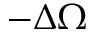
- \Delta \Omega